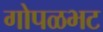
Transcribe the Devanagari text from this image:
गोपळभट